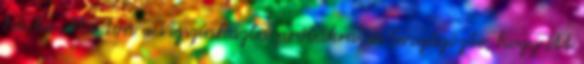
hívta Marton a Vígszínházba próbákra, és lenyűgözte, hogy itt